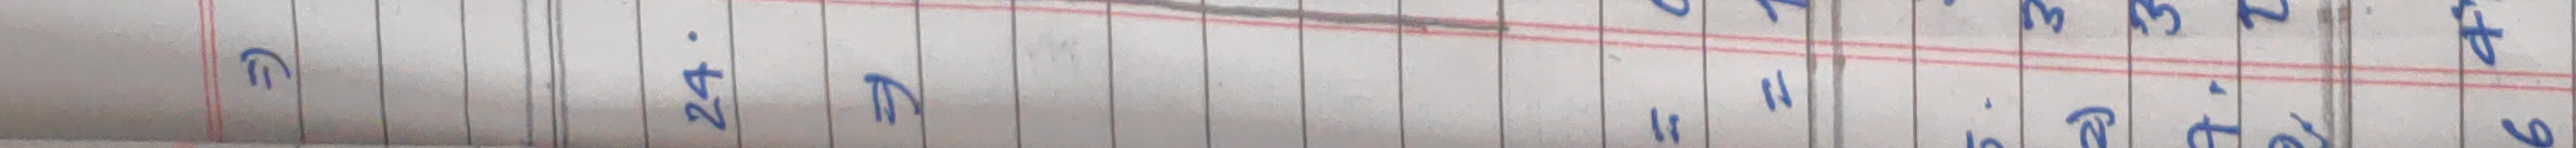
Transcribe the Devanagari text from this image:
ग प्र. द ११ २४. ७ ३ ८ ५ ९ ४ ६ ४